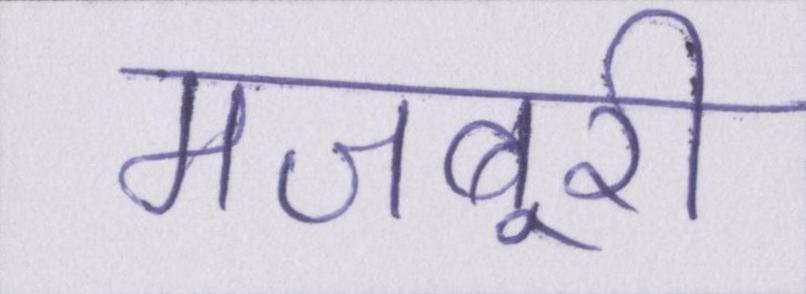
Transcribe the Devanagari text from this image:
मजबूरी